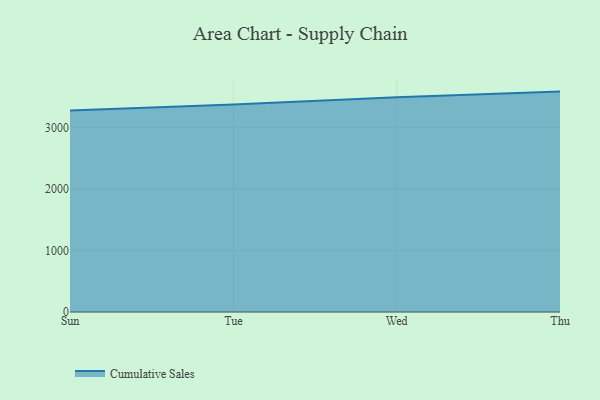
{"axis": {"x": "Day", "y": "Temperature (°C)"}, "legend": ["Cumulative Sales"], "data": [{"x": "Sun", "y": 3274.9, "type": "Cumulative Sales"}, {"x": "Tue", "y": 3371.4, "type": "Cumulative Sales"}, {"x": "Wed", "y": 3487.3, "type": "Cumulative Sales"}, {"x": "Thu", "y": 3580.9, "type": "Cumulative Sales"}]}